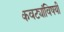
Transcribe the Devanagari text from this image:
कवट्यांविषयी